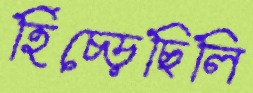
হিঁচ্‌ড়েছিলি